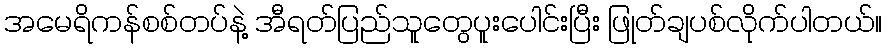
အမေရိကန်စစ်တပ်နဲ့ အီရတ်ပြည်သူတွေပူးပေါင်းပြီး ဖြုတ်ချပစ်လိုက်ပါတယ်။